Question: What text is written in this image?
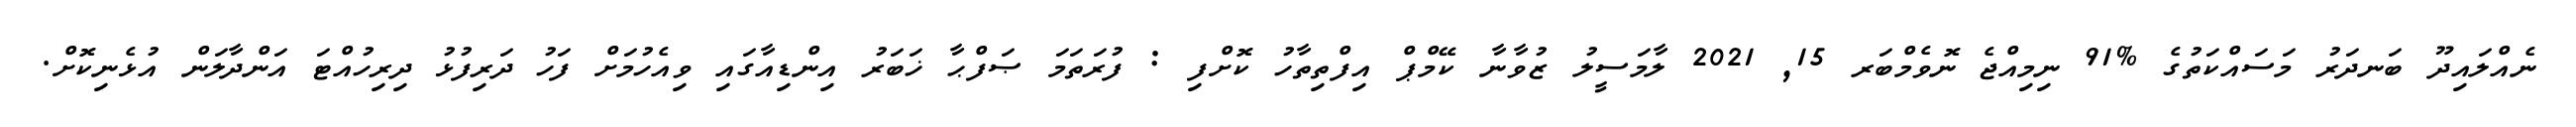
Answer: ނެއްލައިދޫ ބަނދަރު މަސައްކަތުގެ %91 ނިމިއްޖެ ނޮވެމްބަރ 15, 2021 ލާމަސީލު ޒުވާނާ ކޭމްޕް އިފްތިތާހު ކޮށްފި : ފުރަތަމަ ޞަފްޙާ ޚަބަރު އިންޑިއާގައި ވިއެހުމަށް ފަހު ދަރިފުޅު ދިރިހުއްޓަ އަންދާލަން އުޅެނިކޮށް.